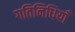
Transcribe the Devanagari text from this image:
गतिनिधियाँ